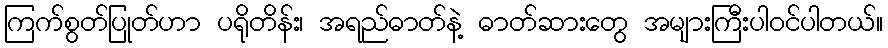
ကြက်စွတ်ပြုတ်ဟာ ပရိုတိန်း၊ အရည်ဓာတ်နဲ့ ဓာတ်ဆားတွေ အများကြီးပါဝင်ပါတယ်။